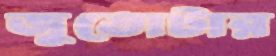
জুতোটার